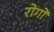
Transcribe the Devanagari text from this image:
रोगाें